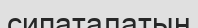
сипаталатын